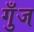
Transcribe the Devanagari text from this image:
गुँज